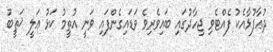
ދުޢާފުޅާއެކު ފެއްޓެވި ޖިހާދުގައި ބައިވެރިވެ ވަޑައިގެންފައި ވަނީ އުތީމު ކަޅު ޢަލީ ޚަޠީބު